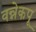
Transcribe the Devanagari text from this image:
वन्नेकपू